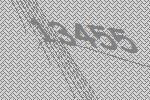
13455